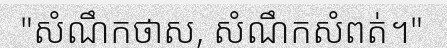
"សំណឹកថាស, សំណឹកសំពត់។"